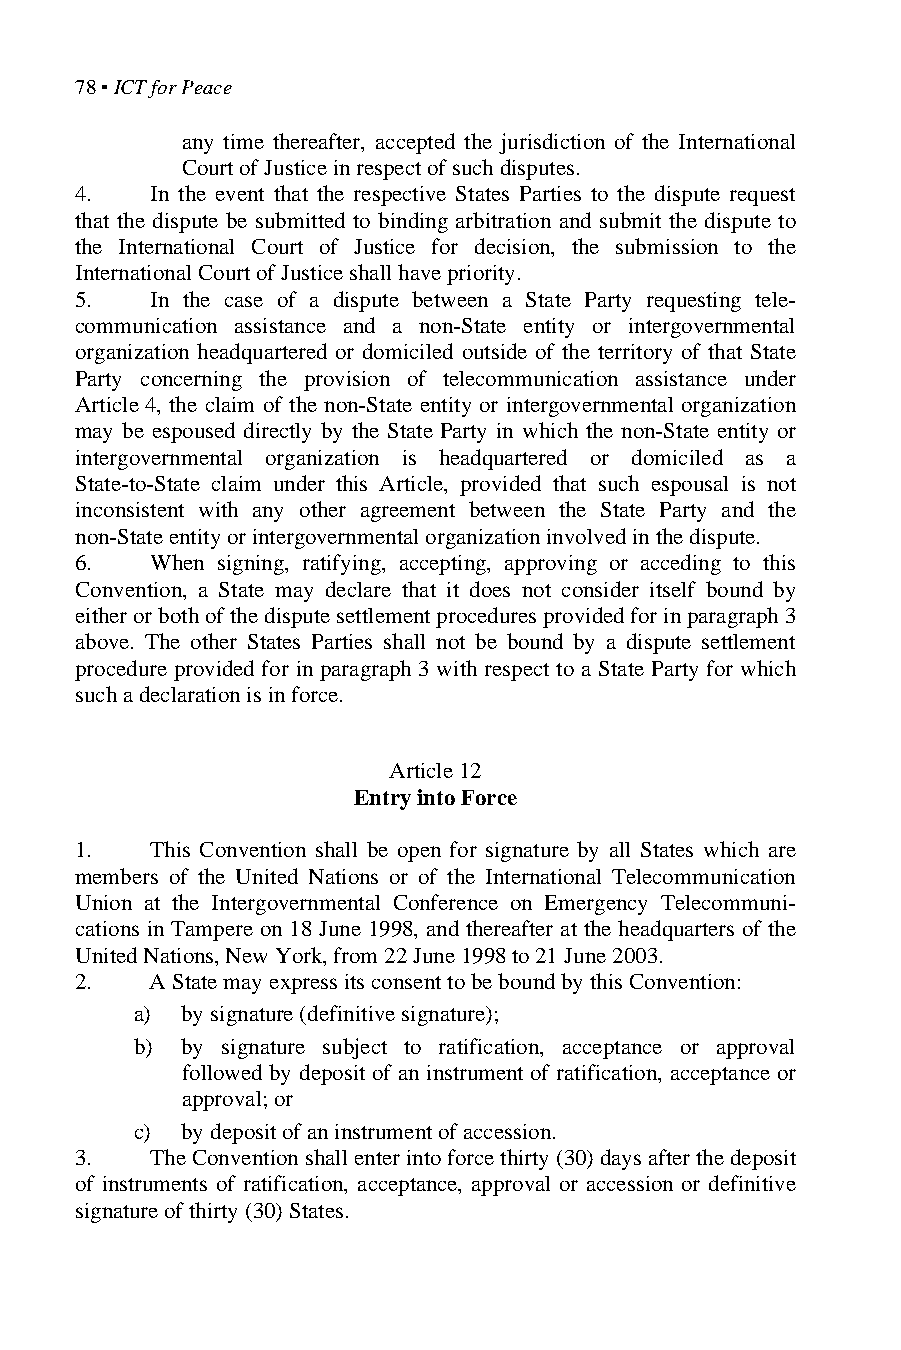
78 ▪ ICT for Peace
 any time thereafter, accepted the jurisdiction of the International
 Court of Justice in respect of such disputes.
 4.   In the event that the respective States Parties to the dispute request
 that the dispute be submitted to binding arbitration and submit the dispute to
 the International Court of Justice for decision, the submission to the
 International Court of Justice shall have priority.
 5.   In the case of a dispute between a State Party requesting tele-
 communication assistance and a non-State entity or intergovernmental
 organization headquartered or domiciled outside of the territory of that State
 Party concerning the provision of telecommunication assistance under
 Article 4, the claim of the non-State entity or intergovernmental organization
 may be espoused directly by the State Party in which the non-State entity or
 intergovernmental organization is headquartered or domiciled as a
 State-to-State claim under this Article, provided that such espousal is not
 inconsistent with any other agreement between the State Party and the
 non-State entity or intergovernmental organization involved in the dispute.
 6.   When signing, ratifying, accepting, approving or acceding to this
 Convention, a State may declare that it does not consider itself bound by
 either or both of the dispute settlement procedures provided for in paragraph 3
 above. The other States Parties shall not be bound by a dispute settlement
 procedure provided for in paragraph 3 with respect to a State Party for which
 such a declaration is in force.
 Article 12
 Entry into Force
 1.   This Convention shall be open for signature by all States which are
 members of the United Nations or of the International Telecommunication
 Union at the Intergovernmental Conference on Emergency Telecommuni-
 cations in Tampere on 18 June 1998, and thereafter at the headquarters of the
 United Nations, New York, from 22 June 1998 to 21 June 2003.
 2.   A State may express its consent to be bound by this Convention:
 a) by signature (definitive signature);
 b) by signature subject to ratification, acceptance or approval
 followed by deposit of an instrument of ratification, acceptance or
 approval; or
 c) by deposit of an instrument of accession.
 3.   The Convention shall enter into force thirty (30) days after the deposit
 of instruments of ratification, acceptance, approval or accession or definitive
 signature of thirty (30) States.